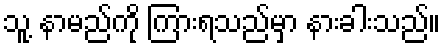
သူ့ နာမည်ကို ကြားရသည်မှာ နားခါးသည်။